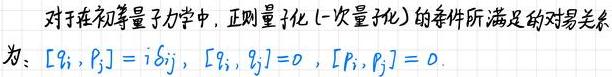
对于在初等量子力学中，正则量子化（一次量子化）的条件所满足的对易关系为：$[q_i, p_j] = i\delta_{ij}$，$[q_i, q_j]=0$，$[p_i, p_j] = 0$.